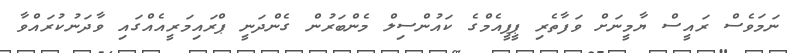
ނަމަވެސް ރައީސް ޔާމީނަށް ވަފާތެރި ޕީޕީއެމްގެ ކައުންސިލް މެންބަރުން ގެންދަނީ ޕްރައިމަރީއެއްގައި ވާދަނުކުރައްވާ